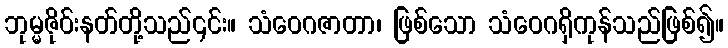
ဘုမ္မဇိုဝ်းနတ်တို့သည်၎င်း။ သံဝေဂဇာတာ၊ ဖြစ်သော သံဝေဂရှိကုန်သည်ဖြစ်၍။